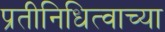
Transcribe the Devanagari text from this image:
प्रतीनिधित्वाच्या